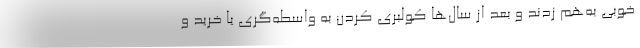
خوبي به‌هم زدند و بعد از سال‌ها كولبري كردن به واسطه‌گري يا خريد و